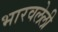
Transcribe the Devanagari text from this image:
भारवलेली